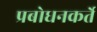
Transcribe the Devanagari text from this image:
प्रबोधनकर्ते